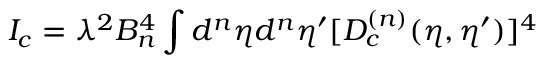
I _ { c } = \lambda ^ { 2 } B _ { n } ^ { 4 } \int d ^ { n } { \eta } d ^ { n } { \eta ^ { \prime } } [ D _ { c } ^ { ( n ) } ( \eta , { \eta } ^ { \prime } ) ] ^ { 4 }